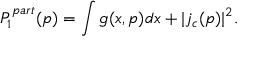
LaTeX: P _ { 1 } ^ { p a r t } ( p ) = \int g ( x , p ) d x + | j _ { c } ( p ) | ^ { 2 } .